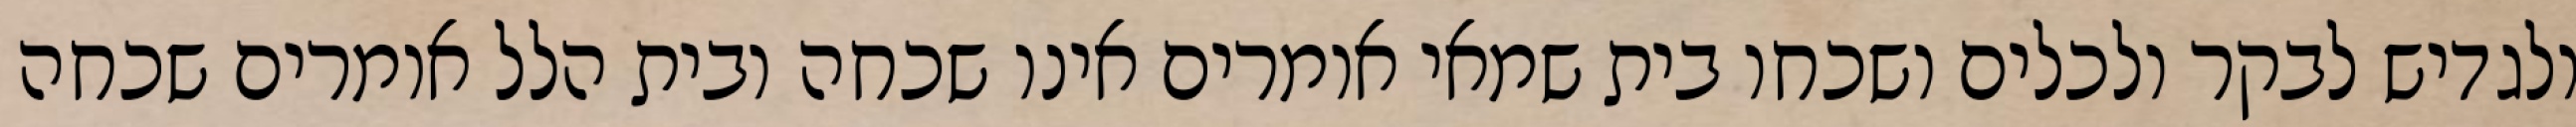
ולגדיש לבקר ולכלים ושכחו בית שמאי אומרים אינו שכחה ובית הלל אומרים שכחה